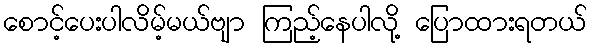
စောင့်ပေးပါလိမ့်မယ်ဗျာ ကြည့်နေပါလို့ ပြောထားရတယ်